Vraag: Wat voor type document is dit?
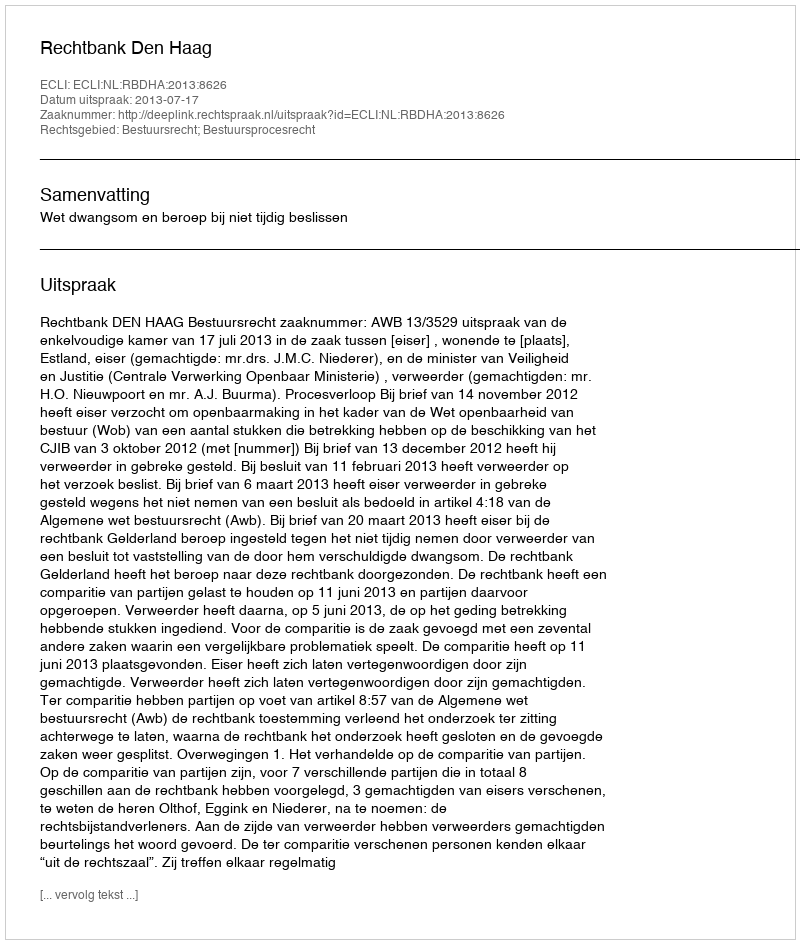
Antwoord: Uitspraak